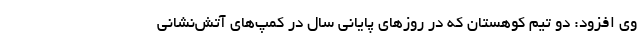
وی افزود: دو تیم کوهستان که در روزهای پایانی سال در کمپ‌های آتش‌نشانی